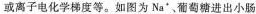
或离子电化学梯度等。如图为Na'，葡萄糖进出小肠